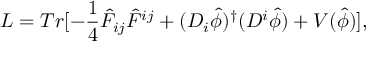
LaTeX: L = T r [ - \frac { 1 } { 4 } { \hat { F } } _ { i j } { \hat { F } } ^ { i j } + ( D _ { i } { \hat { \phi } } ) ^ { \dagger } ( D ^ { i } { \hat { \phi } } ) + V ( \hat { \phi } ) ] ,